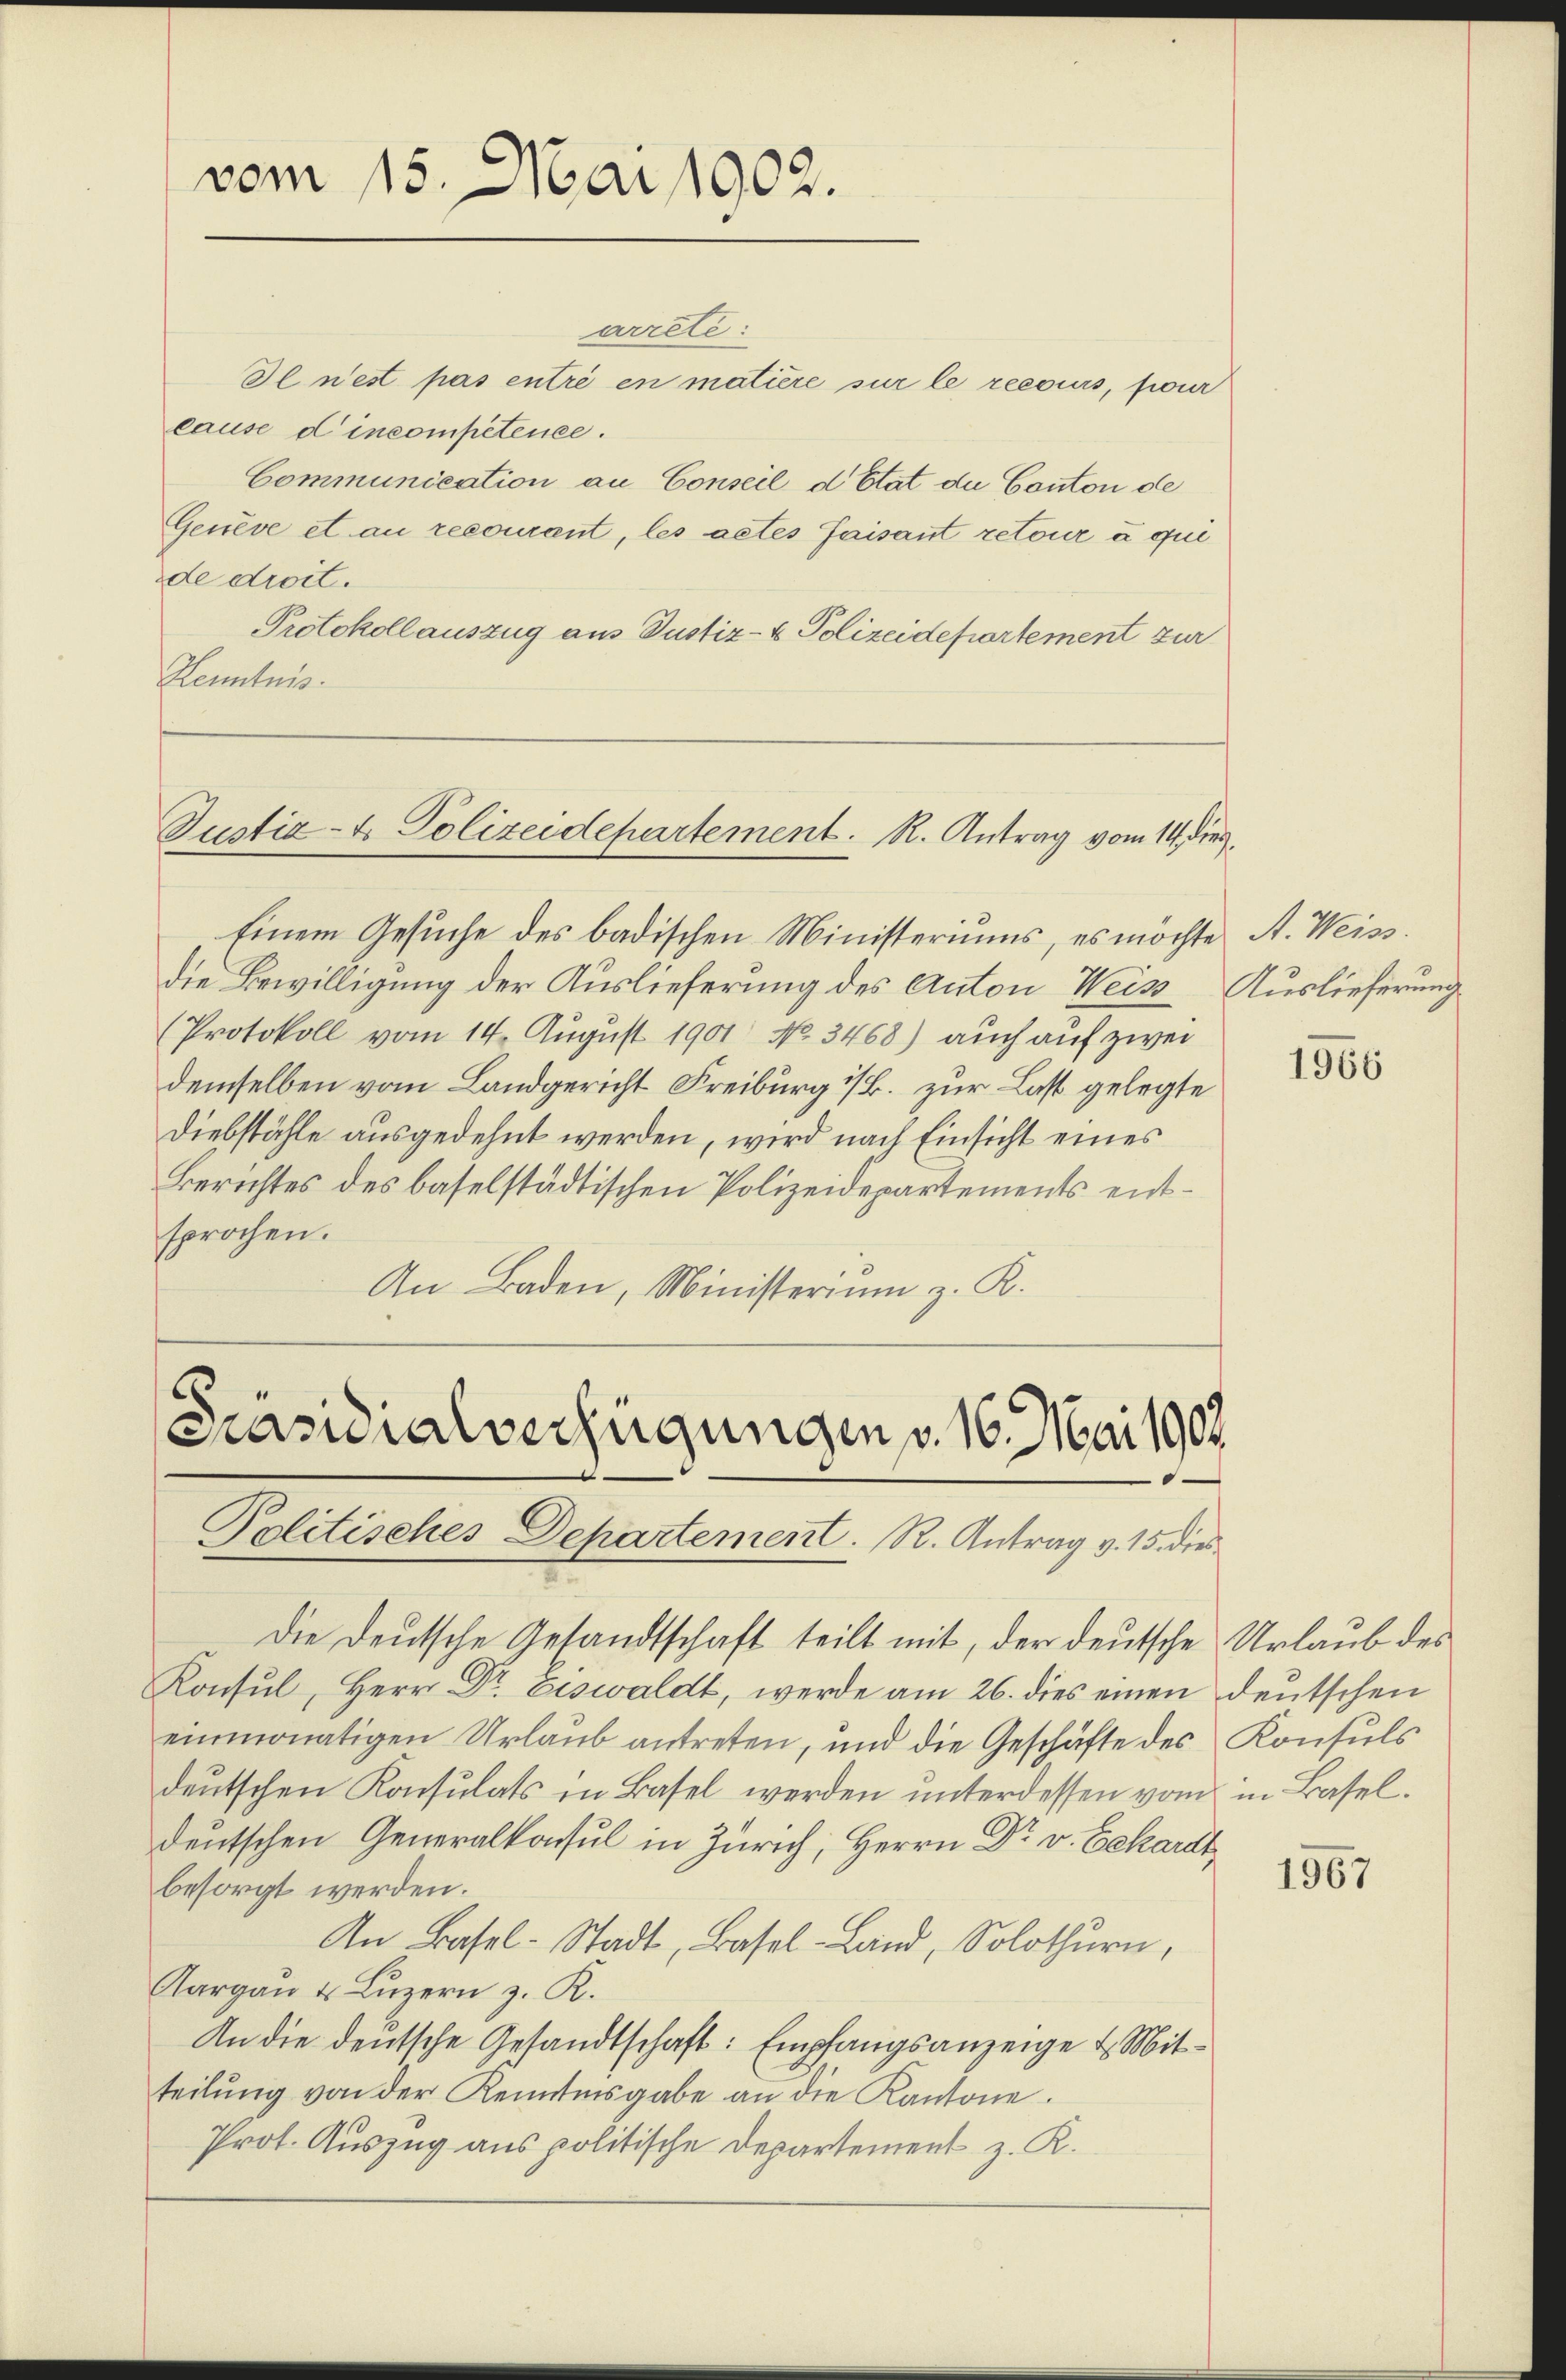
vom 15. Mai 1902.

arrete:
Il n’est pas entré en matière sur le recours, four
lause d incompetenee.
Communication an Conseil d’Etat die Conton de
Genève et au recourant, les actes faisant retour u qui
de droit.
Protokollauszug aus Justiz- & Polizeidepartement zur
Kenntnis.

Justiz- & Polizeidepartement. R. Antrag vom 14. dies

Einem Gesuche des badischen Ministeriums, es möchte A. Weissdie Bewilligung der Auslieferung des Anton Weise Auslieferung
(Protokoll vom 14. August 1901 No 3468) auch auf zwei
demselben vom Landgericht Freiburg i/B. zur Last gelegte
Diebstähle ausgedehnt werden, wird nach Einsicht eines
Berichtes des baselstädtischen Polizeidepartements entsprochen.
An Baden, Ministerium z. R.

E
Präsidialverfügungen v. 16. Mai 1907.
Politisches Departement. R. Antrag v. 15. dies

Die Deutsche Gesandtschaft teilt mit, der deutsche Urlaub des
Konsul, Herr Dr. Exswaldt, werde am 26. dies einen deutschen
einmonatigen Urlaub antreten, und die Geschäfte des Konsuls
deutschen Konsulats in Basel werden unterdessen vom in Basel.
deutschen Generalkonsul in Zürich, Herrn Dr v. Eckardt
besorgt werden.
An Basel-Stadt, Basel-Land, Solothurn,
Aargau u. Luzern z. R.
An die deutsche Gesandtschaft: Empfangsanzeige & Mitteilŭng von der Kenntnisgabe an die Kantone.
Prot. Auszug aus politische Departement z. R.

1966

1967